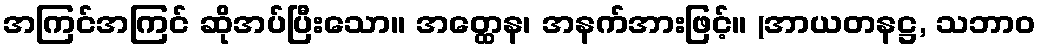
အကြင်အကြင် ဆိုအပ်ပြီးသော။ အတ္ထေန၊ အနက်အားဖြင့်။ (အာယတနဋ္ဌ, သဘာဝ